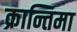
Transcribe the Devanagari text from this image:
क्रान्तिमा